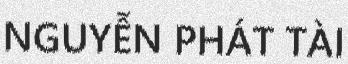
NGUYỄN PHÁT TÀI